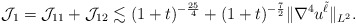
\begin{align*} \mathcal{J}_{1} = \mathcal{J}_{11} + \mathcal{J}_{12} \lesssim (1+t)^{-\frac{25}{4} } + (1+t)^{-\frac{7}{2}}\|\nabla^4 u^{\tilde{\ell}}\|_{L^2}. \end{align*}